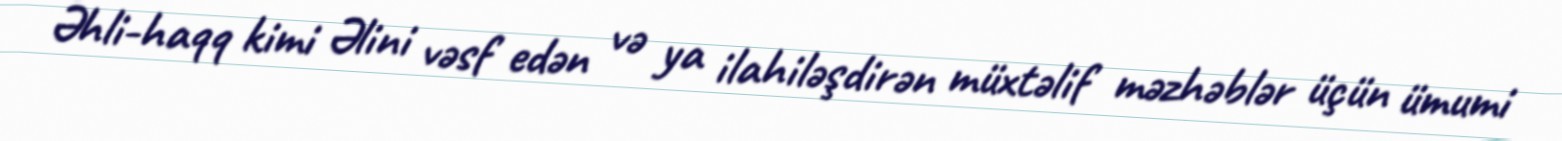
Əhli-haqq kimi Əlini vəsf edən və ya ilahiləşdirən müxtəlif məzhəblər üçün ümumi